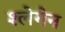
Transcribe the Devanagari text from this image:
श्लेगेन